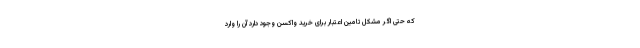
که حتی اگر مشکل تامین اعتبار برای خرید واکسن وجود دارد آن را وارد